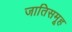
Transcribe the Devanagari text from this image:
जातिसमूह